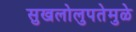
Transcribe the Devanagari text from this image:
सुखलोलुपतेमुळे